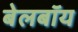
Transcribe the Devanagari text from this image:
बेलबॉय